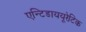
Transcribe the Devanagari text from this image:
एन्टिडाययूरेटिक